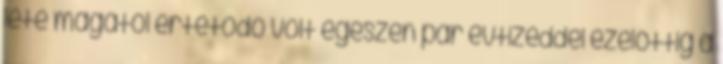
léte magától értetődő volt egészen pár évtizeddel ezelőttig a